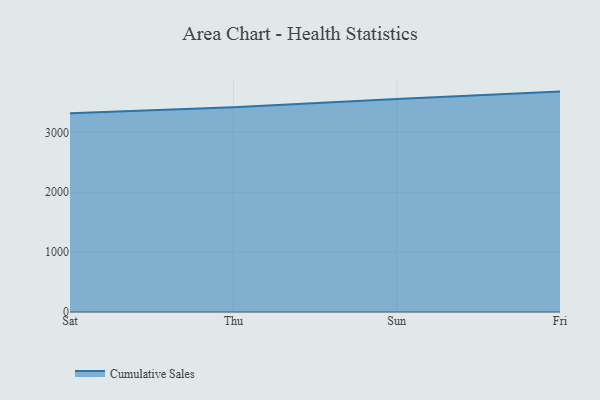
{"axis": {"x": "Day", "y": "Production Output"}, "legend": ["Cumulative Sales"], "data": [{"x": "Sat", "y": 3320.7, "type": "Cumulative Sales"}, {"x": "Thu", "y": 3419.1, "type": "Cumulative Sales"}, {"x": "Sun", "y": 3557.4, "type": "Cumulative Sales"}, {"x": "Fri", "y": 3681.0, "type": "Cumulative Sales"}]}